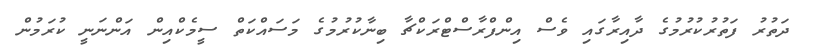
ދަތުރު ފަތުރުކުރުމުގެ ދާއިރާގައި ވެސް އިންފްރާސްޓްރަކްޗާ ބިނާކުރުމުގެ މަސައްކަތް ސީމެކްއިން އަންނަނީ ކުރަމުން